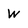
Character: w